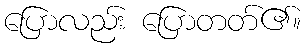
ပြောလည်း ပြောတတ်၏။